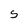
Character: S